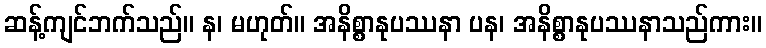
ဆန့်ကျင်ဘက်သည်။ န၊ မဟုတ်။ အနိစ္စာနုပဿနာ ပန၊ အနိစ္စာနုပဿနာသည်ကား။